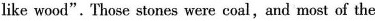
like wood".Those stones were coal,and most of the